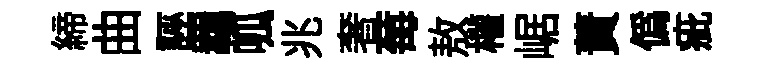
締曲誣羈呱兆奢莓敖權崌蕡僞疵